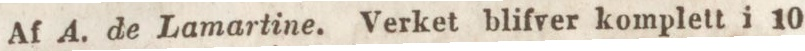
Af A. de Lamartine. Verket blifver komplett i 10